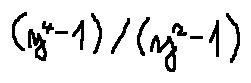
( y ^ { 4 } - 1 ) / ( y ^ { 2 } - 1 )